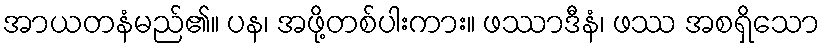
အာယတနံမည်၏။ ပန၊ အဖို့တစ်ပါးကား။ ဖဿာဒီနံ၊ ဖဿ အစရှိသော